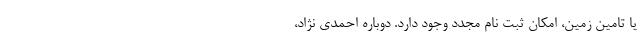
یا تامین زمین، امکان ثبت نام مجدد وجود دارد. دوباره احمدی ‌نژاد،